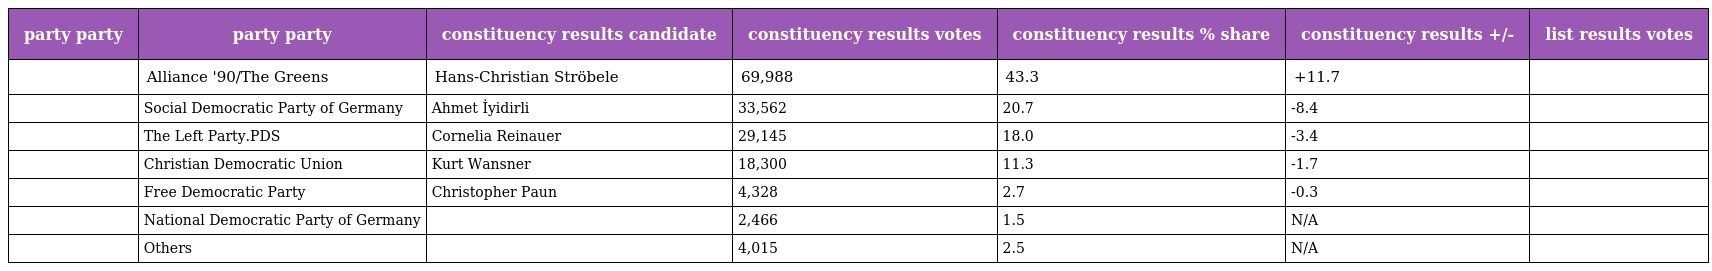
| party party | party party | constituency results candidate | constituency results votes | constituency results % share | constituency results +/- | list results votes |
 | --- | --- | --- | --- | --- | --- | --- |
 |  | Alliance '90/The Greens | Hans-Christian Ströbele | 69,988 | 43.3 | +11.7 |  |
 |  | Social Democratic Party of Germany | Ahmet İyidirli | 33,562 | 20.7 | -8.4 |  |
 |  | The Left Party.PDS | Cornelia Reinauer | 29,145 | 18.0 | -3.4 |  |
 |  | Christian Democratic Union | Kurt Wansner | 18,300 | 11.3 | -1.7 |  |
 |  | Free Democratic Party | Christopher Paun | 4,328 | 2.7 | -0.3 |  |
 |  | National Democratic Party of Germany |  | 2,466 | 1.5 | N/A |  |
 |  | Others |  | 4,015 | 2.5 | N/A |  |